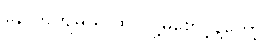
နောက်ကျမယ် ထင်လို့မစောင့်နဲ့တော့။